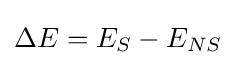
\Delta E=E_{S}-E_{NS}